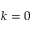
k = 0